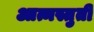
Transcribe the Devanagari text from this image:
आत्मस्तुती